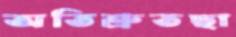
অতিশ্রুতছা